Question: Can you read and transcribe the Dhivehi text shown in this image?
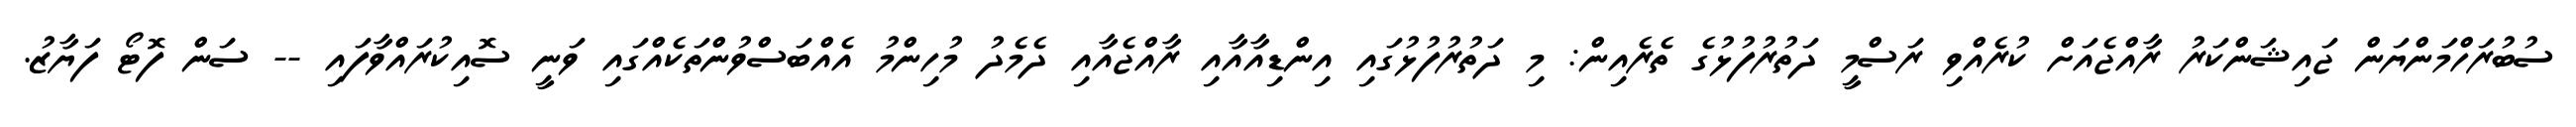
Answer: ސުބުރަހްމަންޔަން ޖައިޝަންކަރު ރާއްޖެއަށް ކުރެއްވި ރަސްމީ ދަތުރުފުޅުގެ ތެރެއިން: މި ދަތުރުފުޅުގައި އިންޑިއާއާއި ރާއްޖެއާއި ދެމެދު މުހިންމު އެއްބަސްވުންތަކެއްގައި ވަނީ ސޮއިކުރައްވާފައި -- ސަން ފޮޓޯ ފަޔާޒު.